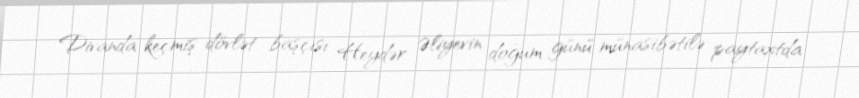
Divanda keçmiş dövlət başçısı Heydər Əliyevin doğum günü münasibətilə paytaxtda